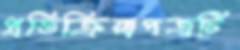
প্রতিক্রিয়াপত্রটি